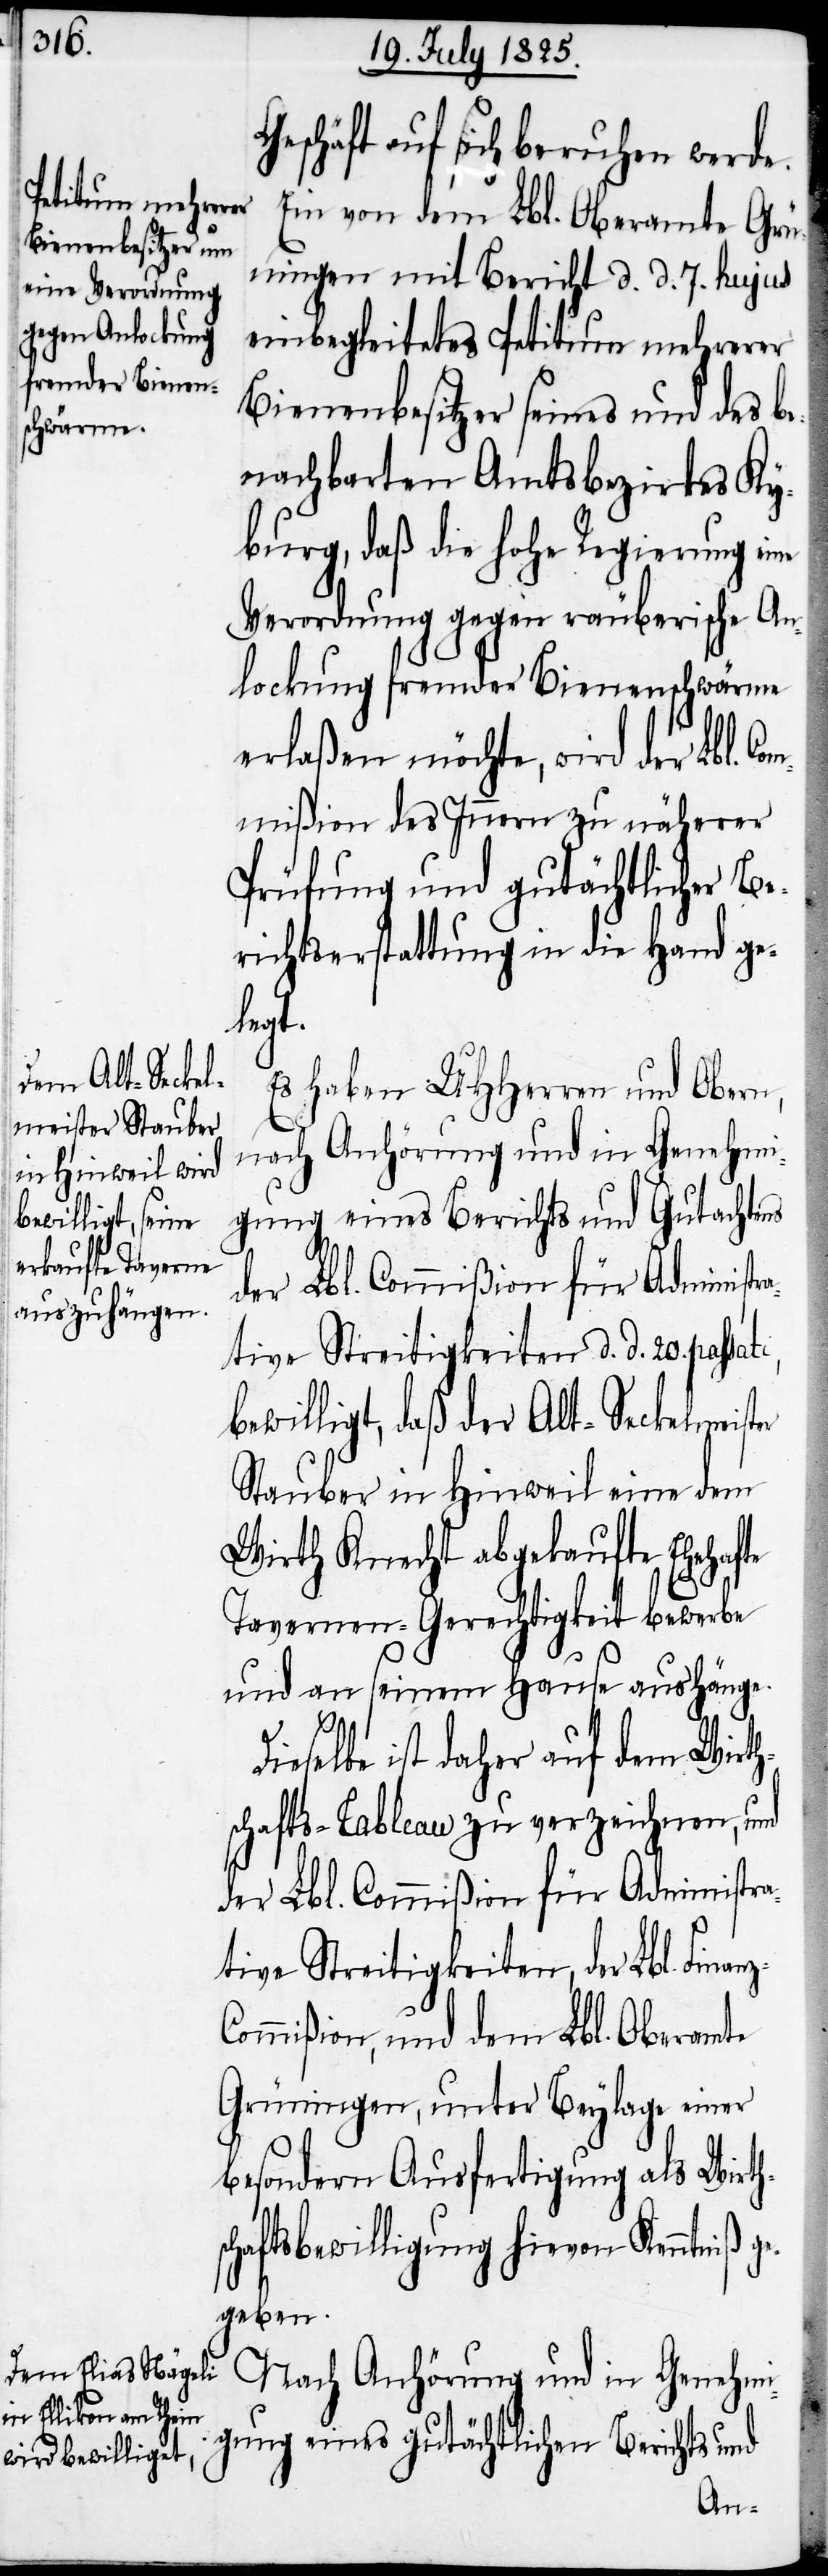
Geschäft auf sich beruhen werde.
Ein von dem Lbl. Oberamte Grü¬
ningen mit Bericht d. d. 7. hujus
einbegleitetes Petitum mehrerer
Bienenbesitzer seines und des be¬
nachbarten Amtsbezirkes Ky¬
burg, daß die hohe Regierung eine
Verordnung gegen räuberische An¬
lockung fremder Bienenschwärme
erlaßen möchte, wird der Lbl. C¬
ommißion des Innern zu näherer
Prüfung und gutächtlicher Be¬
richtserstattung in die Hand ge¬
z-C¬
Es haben UHHerren und Obern,
nach Anhörung und in Genehmi¬
gung eines Berichts und Gutachtens
tive Streitigkeiten d. d. 20. passa¬
bewilligt, daß der Alt-Seckelmeister
Stauber in Hinweil eine dem
Wirth Knecht abgekaufte Ehehafte
Tavernen-Gerechtigkeit bewerbe
und an seinem Hause aushänge.
eselbe ist daher auf dem Wirth¬
schafts-Tableau zu verzeichnen, und
der Lbl. Commißion für Administra¬
tive Streitigkeiten, der Lbl. Finan¬
ommißion und dem Lbl. Oberamte
Grüningen, unter Beylage einer
besondern Ausfertigung als Wirths¬
chaftsbewilligung hievon Kenntniß g¬
egeben.
Nach Anhörung und in Genehmi¬
gung gutächtlichen Berichts und